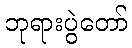
ဘုရားပွဲတော်